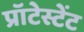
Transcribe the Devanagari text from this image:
प्रॉटेस्टेंट